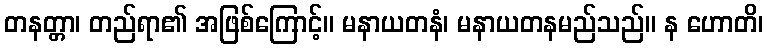
တနတ္တာ၊ တည်ရာ၏ အဖြစ်ကြောင့်။ မနာယတနံ၊ မနာယတနမည်သည်။ န ဟောတိ၊